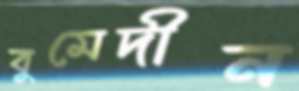
বুমেদীন